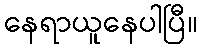
နေရာယူနေပါပြီ။